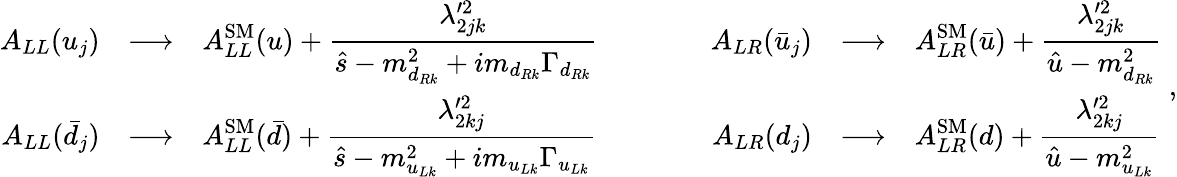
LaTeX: \begin{array}{rclcrcl}{{A_{LL}(u_{j})}}&{{\longrightarrow}}&{{\displaystyle A_{LL}^{\mathrm{SM}}(u)+\frac{\lambda_{2jk}^{\prime 2}}{\hat{s}-m_{d_{Rk}}^{2}+im_{d_{Rk}}\Gamma_{d_{Rk}}}}}&{{\qquad}}&{{A_{LR}(\bar{u}_{j})}}&{{\longrightarrow}}&{{\displaystyle A_{LR}^{\mathrm{SM}}(\bar{u})+\frac{\lambda_{2jk}^{\prime 2}}{\hat{u}-m_{d_{Rk}}^{2}}}}\\ {{A_{LL}(\bar{d}_{j})}}&{{\longrightarrow}}&{{\displaystyle A_{LL}^{\mathrm{SM}}(\bar{d})+\frac{\lambda_{2kj}^{\prime 2}}{\hat{s}-m_{u_{Lk}}^{2}+im_{u_{Lk}}\Gamma_{u_{Lk}}}}}&{{\qquad}}&{{A_{LR}(d_{j})}}&{{\longrightarrow}}&{{\displaystyle A_{LR}^{\mathrm{SM}}(d)+\frac{\lambda_{2kj}^{\prime 2}}{\hat{u}-m_{u_{Lk}}^{2}}}}\end{array}\; ,